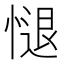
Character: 𢟔